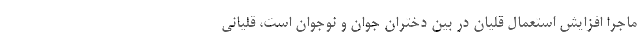
ماجرا افزایش استعمال قلیان در بین دختران جوان و نوجوان است، قلیانی